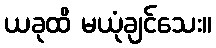
ယခုထိ မယုံချင်သေး။